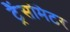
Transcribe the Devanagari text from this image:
ट्रैंसमिटर